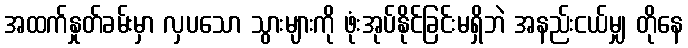
အထက်နှုတ်ခမ်းမှာ လှပသော သွားများကို ဖုံးအုပ်နိုင်ခြင်းမရှိဘဲ အနည်းငယ်မျှ တိုနေ